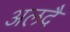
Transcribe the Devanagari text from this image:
अलदै